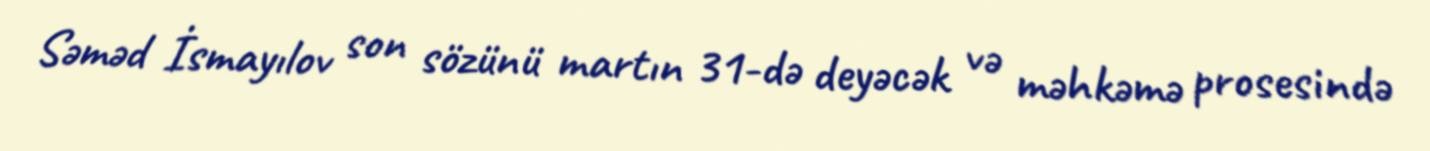
Səməd İsmayılov son sözünü martın 31-də deyəcək və məhkəmə prosesində